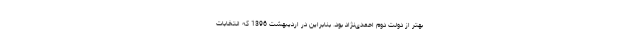
بهتر از دولت دوم احمدی‌نژاد بود. بنابراین در اردیبهشت 1396 که انتخابات